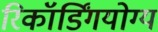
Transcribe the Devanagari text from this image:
रिकॉर्डिंगयोग्य